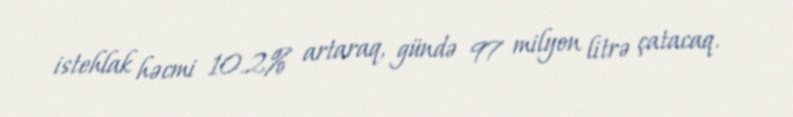
istehlak həcmi 10.2% artaraq, gündə 97 milyon litrə çatacaq.